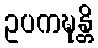
ဥပကဍ္ဎန္တိ